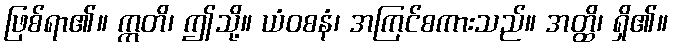
ဖြစ်ရာ၏။ ဣတိ၊ ဤသို့။ ယံဝစနံ၊ အကြင်စကားသည်။ အတ္ထိ၊ ရှိ၏။